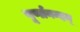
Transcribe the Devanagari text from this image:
पूर्णानन्दम्